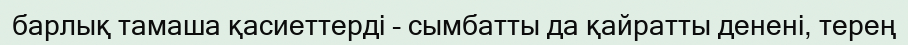
барлық тамаша қасиеттерді - сымбатты да қайратты денені, терең